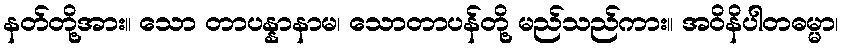
နတ်တို့အား။ သော တာပန္နာနာမ၊ သောတာပန်တို့ မည်သည်ကား။ အဝိနိပါတဓမ္မာ၊